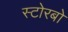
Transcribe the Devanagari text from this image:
स्टोरबो